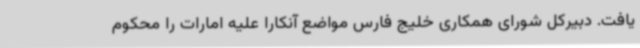
یافت. دبیرکل شورای همکاری خلیج فارس مواضع آنکارا علیه امارات را محکوم